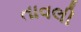
તાવલી